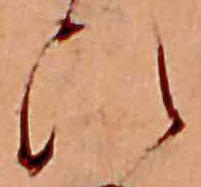
ひ